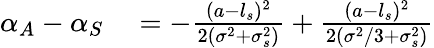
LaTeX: \begin{array}{rl}{\alpha_{A}-\alpha_{S}}&{{}=-\frac{(a-l_{s})^{2}}{2(\sigma^{2}+\sigma_{s}^{2})}+\frac{(a-l_{s})^{2}}{2(\sigma^{2}/3+\sigma_{s}^{2})}}\end{array}